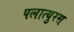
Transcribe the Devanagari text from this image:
पलात्युरस